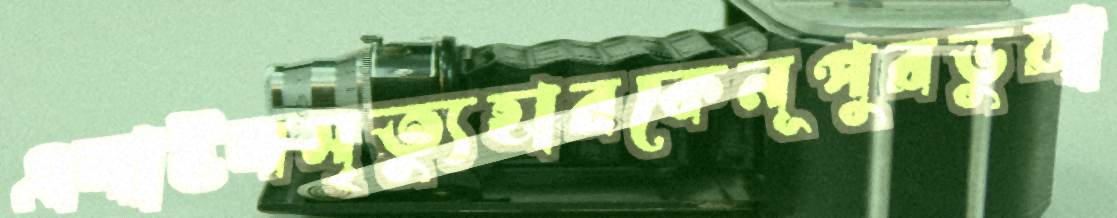
এলাইলমৃত্যুহারকেনূপুরডুয়া